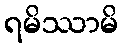
ရမိဿာမိ